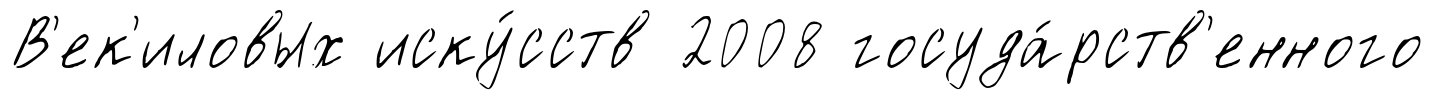
В'ек'иловых иску́сств 2008 госуда́рств'енного